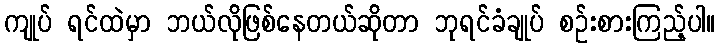
ကျုပ် ရင်ထဲမှာ ဘယ်လိုဖြစ်နေတယ်ဆိုတာ ဘုရင်ခံချုပ် စဉ်းစားကြည့်ပါ။